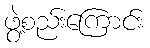
ဖွဲ့စည်းကြောင်း